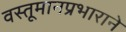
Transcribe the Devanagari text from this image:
वस्तूमानप्रभाराने